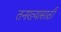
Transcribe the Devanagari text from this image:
तनख्यासाठी